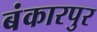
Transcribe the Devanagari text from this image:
बंकारपुर